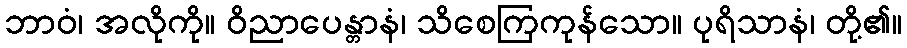
ဘာဝံ၊ အလိုကို။ ဝိညာပေန္တာနံ၊ သိစေကြကုန်သော။ ပုရိသာနံ၊ တို့၏။